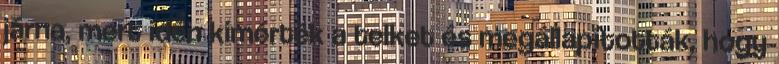
járna, mert idén kimérték a telket és megállapították, hogy